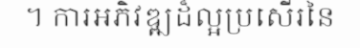
។ ការអភិវឌ្ឍដ៏ល្អប្រសើរនៃ